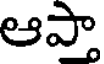
ఆప్తా